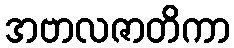
အဗာလဇာတိကာ